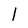
Character: 1